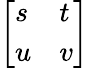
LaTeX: \left[\begin{array}{ll}{s}&{t}\\ {u}&{v}\end{array}\right]